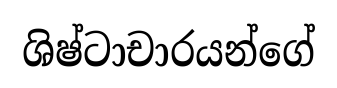
ශිෂ්ටාචාරයන්ගේ